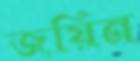
জয়িন